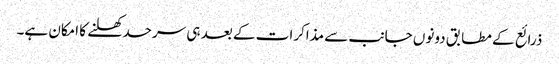
ذرائع کے مطابق دونوں جانب سے مذاکرات کے بعد ہی سرحد کھلنے کا امکان ہے۔